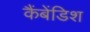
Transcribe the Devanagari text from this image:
कैंबेंडिश